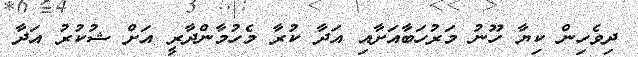
ދިވެހިން ކިޔާ ހޫނު މަރުހަބާއަށާއި އަދާ ކުރާ މެހުމާންދާރީ އަށް ޝުކުރު އަދާ